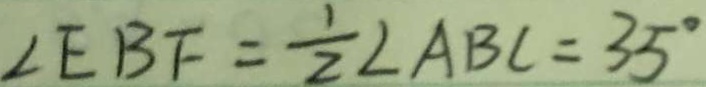
\angle E B F = \frac { 1 } { 2 } \angle A B C = 3 5 ^ { \circ }